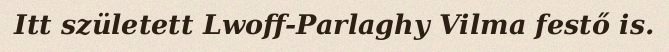
Itt született Lwoff-Parlaghy Vilma festő is.